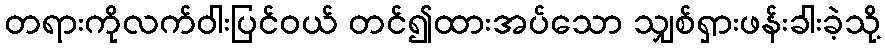
တရားကိုလက်ဝါးပြင်ဝယ် တင်၍ထားအပ်သော သျှစ်ရှားဖန်းခါးခဲ့သို့